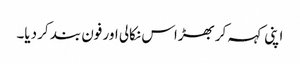
اپنی کہہ کر بھڑاس نکالی اور فون بند کر دیا۔